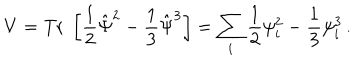
V = \mathrm { T r } \; \left[ \frac { 1 } { 2 } \hat { \Psi } ^ { 2 } - \frac { 1 } { 3 } \hat { \Psi } ^ { 3 } \right] = \sum _ { i } \frac { 1 } { 2 } \psi _ { i } ^ { 2 } - \frac { 1 } { 3 } \psi _ { i } ^ { 3 } \, .